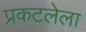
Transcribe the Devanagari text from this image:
प्रकटलेला